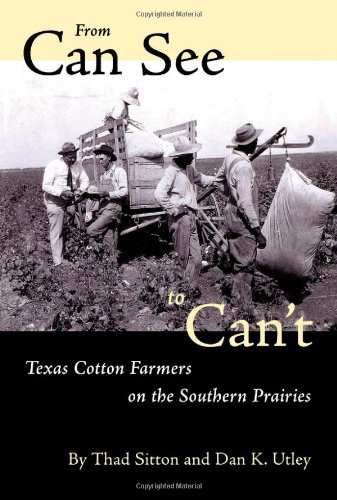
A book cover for From Can See to Can't: Texas Cotton Farmers on the Southern Prairies; Thad Sitton; Science & Math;